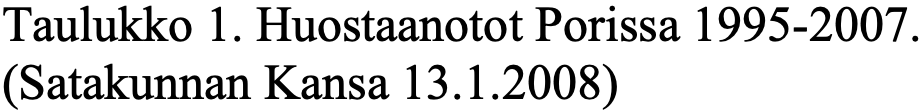
Taulukko 1. Huostaanotot Porissa 1995-2007. (Satakunnan Kansa 13.1.2008)